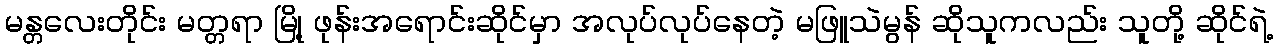
မန္တလေးတိုင်း မတ္တရာ မြို့ ဖုန်းအရောင်းဆိုင်မှာ အလုပ်လုပ်နေတဲ့ မဖြူသဲမွန် ဆိုသူကလည်း သူတို့ ဆိုင်ရဲ့